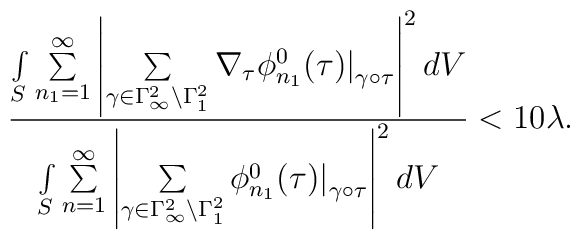
\frac{\int\limits_{S}\sum\limits^\infty_{n_{1}=1}\left|\sum\limits_{\gamma\in\Gamma^{2}_{\infty}\backslash\Gamma^{2}_{1}}\nabla_{\tau}\phi^0_{n_{1}}(\tau)\big|_{\gamma\circ\tau}\right|^2 dV}{\int\limits_S\sum\limits^\infty_{n=1}\left|\sum\limits_{\gamma\in\Gamma^{2}_{\infty}\backslash\Gamma^{2}_{1}}\phi^0_{n_{1}}(\tau)\big|_{\gamma\circ\tau}\right|^2 dV} < 10 \lambda.